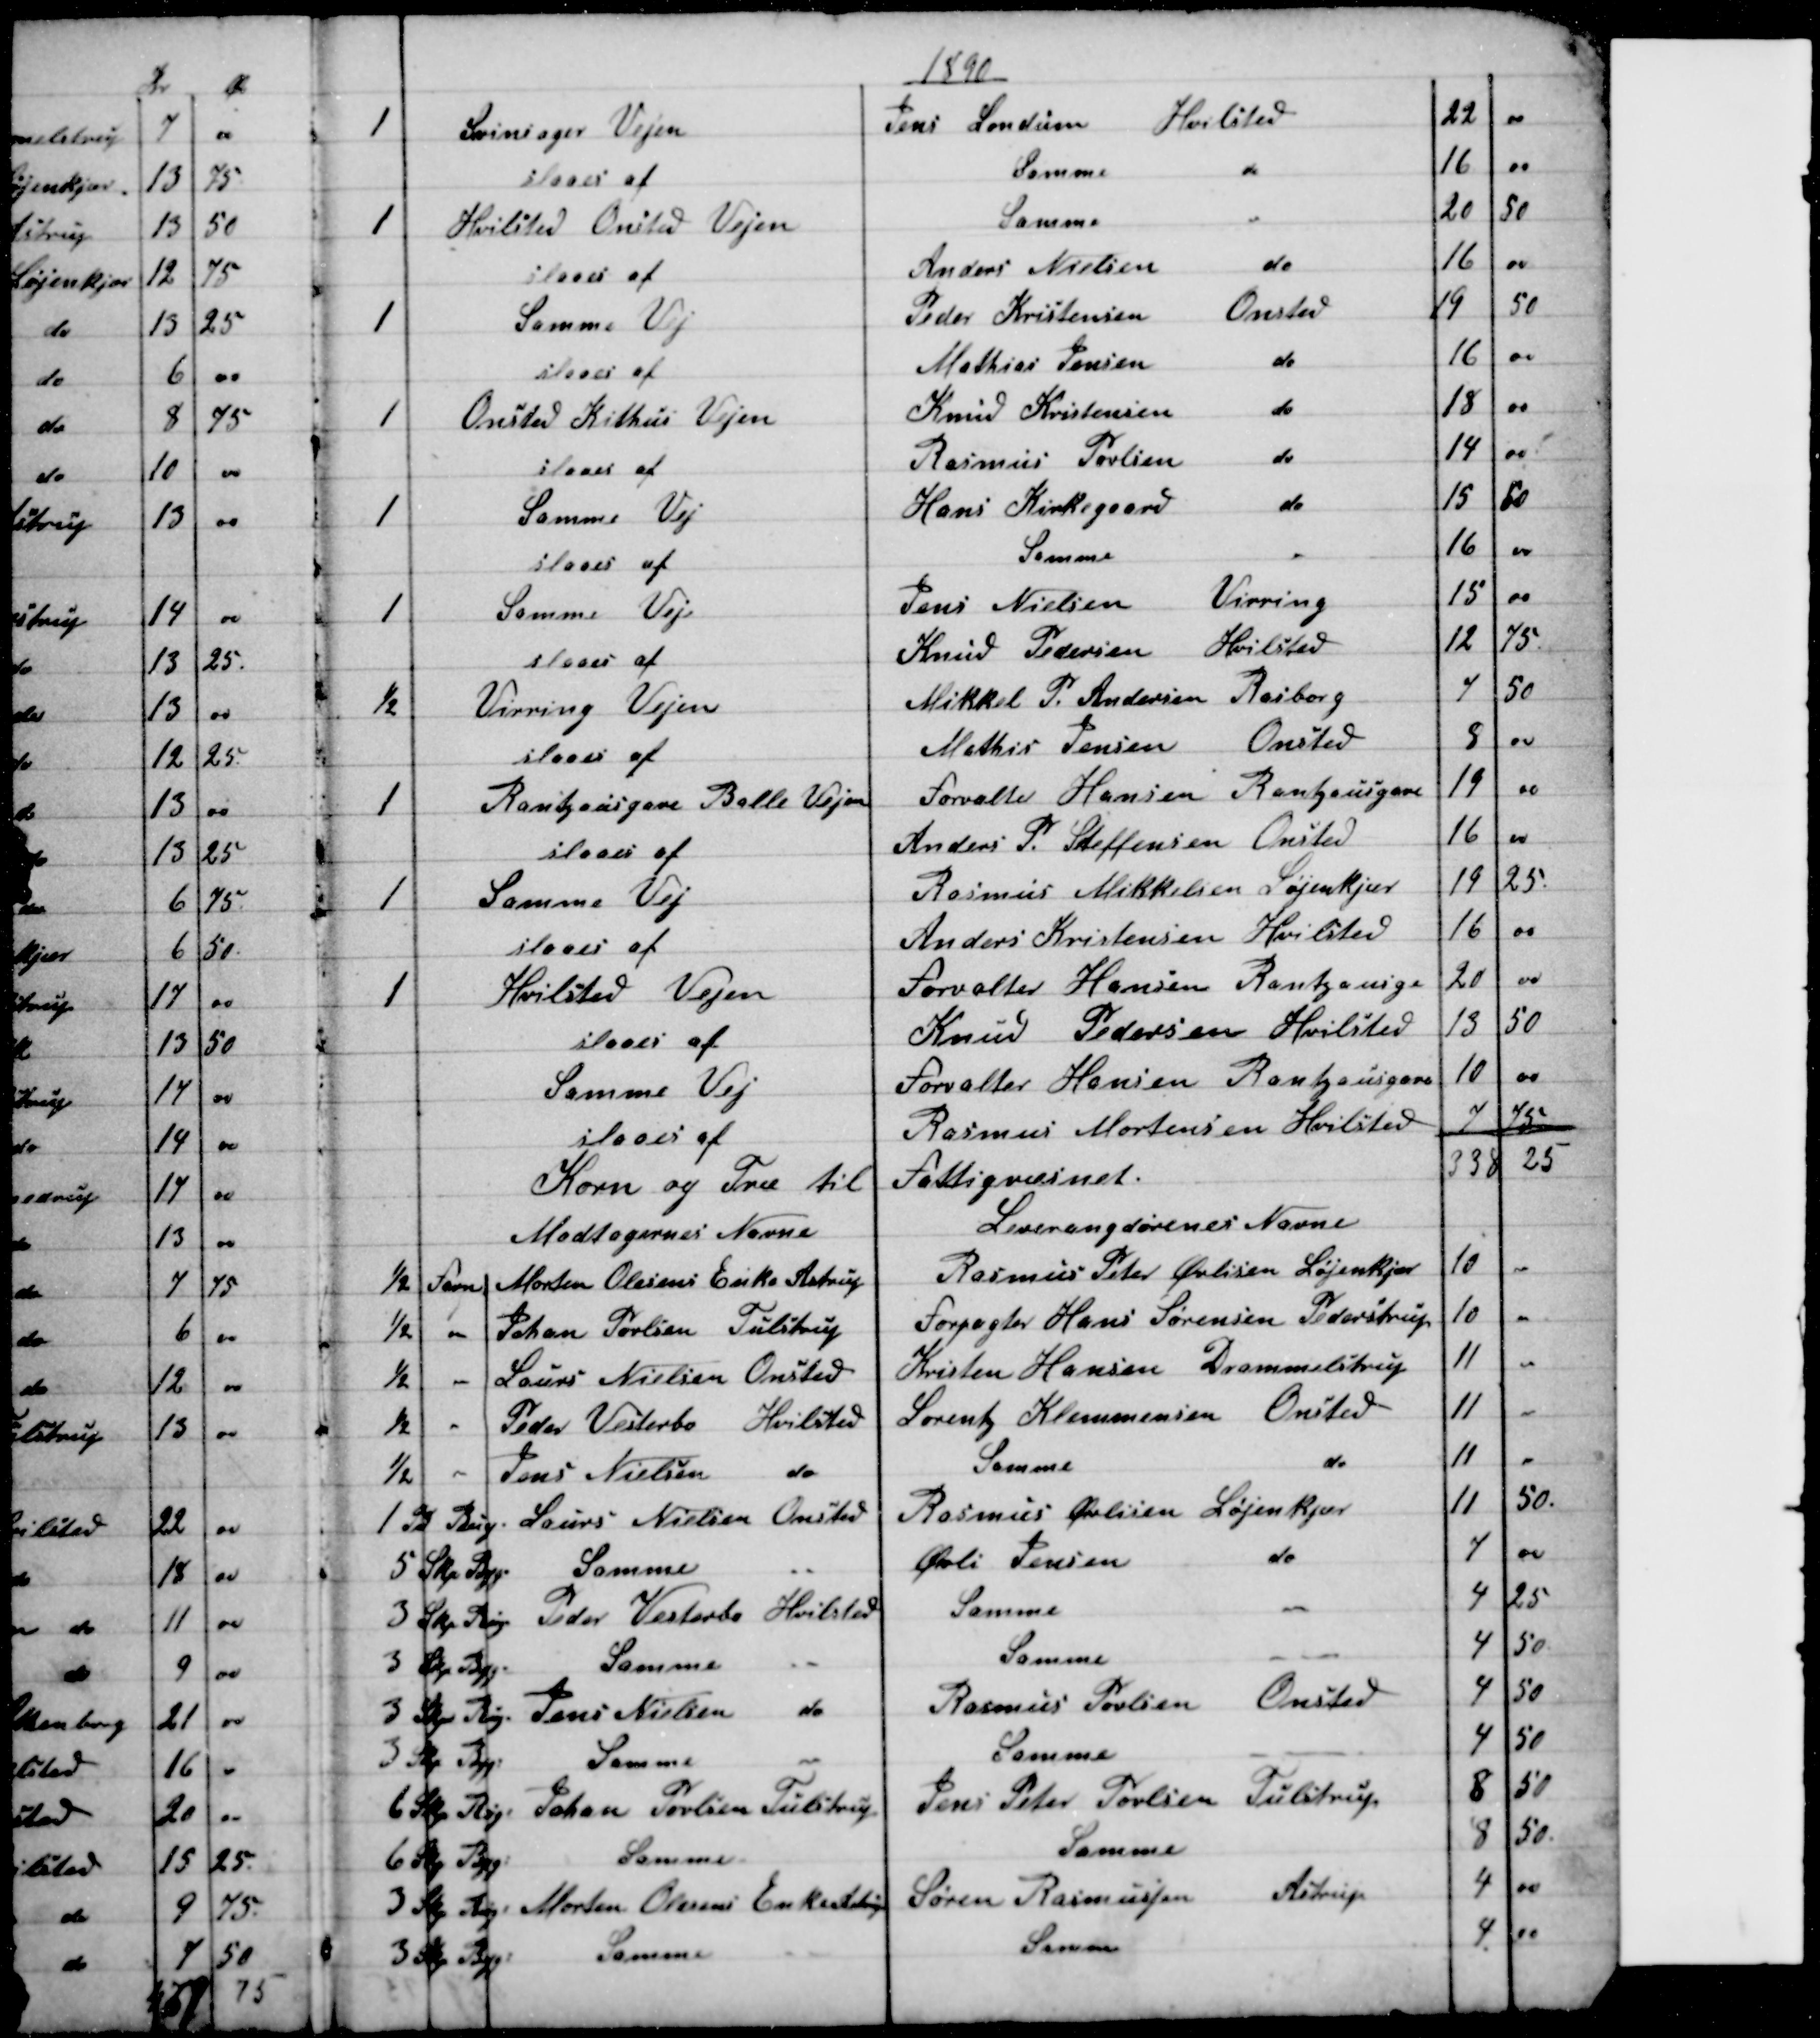
Transskription:
1890
1
Svinsager Vejen
Jens Londum Hvilsted
22
00
slaaes af
Samme  
do
16
00
1
Hvilsted Onsted Vejen
Samme  
do
20
50
slaaes af
Anders Nielsen 
do
16
00
1
Samme Vej
Peder Kristensen 
Onsted
19
50
slaaes af
Mathias Jensen 
do
16
00
1
Onsted Kithus Vejen
Knud Kristensen
do
18
00
slaaes af
Rasmus Povlsen
do
14
00
1
Samme Vej
Hans Kirkegaard 
do
15
50
slaaes af
Samme
"
16
00
1
Samme Vej
Jens Nielsen 
Virring
15
00
slaaes af
Knud Pedersen 
Hvilsted
12
75
½
Virring Vejen
Mikkel P. Andersen Rasborg
7
50
slaaes af
Mathis Jensen 
Onsted
8
00
1
Rantzausgave Balle Vejen
Forvalter Hansen Rantzausgave
19
00
slaaes af
Anders P. Steffensen Onsted
16
00
1
Samme Vej
Rasmus Mikkelsen Løjenkjær
19
25
slaaes af
Anders Kristensen Hvilsted
16
00
1
Hvilsted Vejen
Forvalter Hansen Rantzausgave
20
00
slaaes af
Knud Pedersen Hvilsted
13
50
Samme Vej
Forvalter Hansen Rantzausgave
10
00
slaaes af
Rasmus Mortensen Hvilsted
7
75
338
25
Korn og Træ til Fattigvæsnet.
Modtagernes Navne
Leverangdørenes Navne
½ Favn 
 Morten Olesens Enke Astrup
Rasmus Peter Øvlisen Løjenkjær
10
"
½ -
Johan Povlsen Tulstrup
Forpagter Hans Sørensen Pederstrup
10
"
½ -
Laurs Nielsen Onsted
Kristen Hansen Drammelstrup
11
"
½ -
Peder Vesterbo
Hvilsted
Lorentz Klemmensen Onsted
11
"
½ -
Jens Nielsen 
do
Samme 
do
11
"
1 Td Rug
Laurs Nielsen Onsted
Rasmus Øvlisen Løjenkjær
11
50.
5 Skp. Byg
Samme
--
Øvli Jensen 
do
7
00
3 Skp Rug 
Peder Vesterbo Hvilsted
Samme
"
4
25
3 Skp Byg
Samme
--
Samme
--
4
50
3 Skp Rug
Jens Nielsen 
do
Rasmus Poulsen 
Onsted
4
50
3 Skp Byg
Samme
 -
Samme
 --
4
50
6 Skp Rug
Johan Povlsen Tulstrup
Jens Peter Poulsen Tulstrup
8
50
6 Skp Byg
Samme
Samme
8
50
3 Skp Rug
 Morten Olesens Enke Astrup
Søren Rasmussen 
Astrup
4
00
3 Skp Byg
Samme
Samme
4.
00